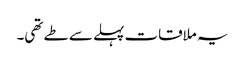
یہ ملاقات پہلے سے طے تھی۔